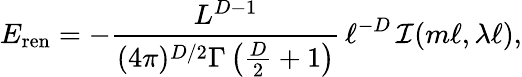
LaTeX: E_{\mathrm{ren}}=-\frac{L^{D-1}}{(4\pi)^{D/2}\Gamma\left(\frac{D}{2}+1\right)}\, \ell^{-D}\, {\cal I}(m\ell,\lambda\ell),